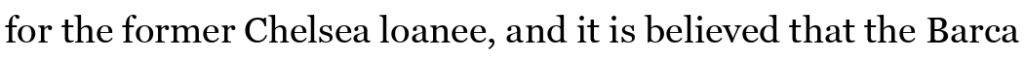
for the former Chelsea loanee, and it is believed that the Barca